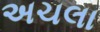
અચલા